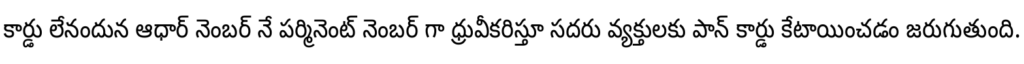
కార్డు లేనందున ఆధార్ నెంబర్ నే పర్మినెంట్ నెంబర్ గా ధ్రువీకరిస్తూ సదరు వ్యక్తులకు పాన్ కార్డు కేటాయించడం జరుగుతుంది.